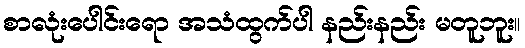
စာလုံးပေါင်းရော အသံထွက်ပါ နည်းနည်း မတူဘူး။